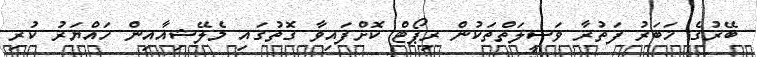
ބޭރުގެ ޚަބަރު ފަތުރާ ވަސީލަތްތަކުން ރިޕޯޓް ކޮށްފައިވާ ގޮތުގައި މެލޭޝިއާއިން ހައްޔަރު ކުރި